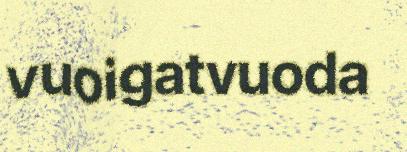
vuoigatvuoda